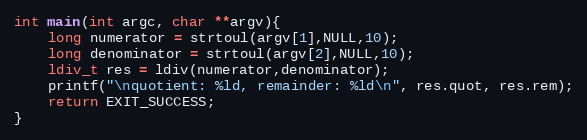
Language: C
int main(int argc, char **argv){
    long numerator = strtoul(argv[1],NULL,10);
    long denominator = strtoul(argv[2],NULL,10);
    ldiv_t res = ldiv(numerator,denominator);
    printf("\nquotient: %ld, remainder: %ld\n", res.quot, res.rem);
    return EXIT_SUCCESS;
}